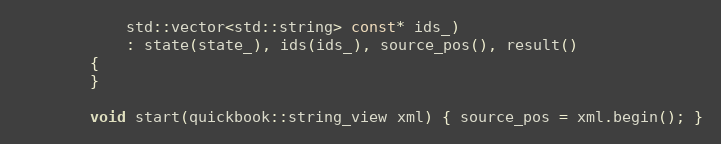
Language: C++
            std::vector<std::string> const* ids_)
            : state(state_), ids(ids_), source_pos(), result()
        {
        }

        void start(quickbook::string_view xml) { source_pos = xml.begin(); }